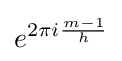
e^{2\pi i{\frac {m-1}{h}}}